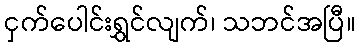
ငှက်ပေါင်းရွှင်လျက်၊ သဘင်အပြီ။